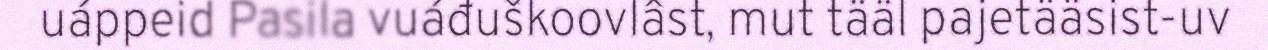
uáppeid Pasila vuáđuškoovlâst, mut tääl pajetääsist-uv